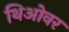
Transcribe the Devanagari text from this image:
थिओवर